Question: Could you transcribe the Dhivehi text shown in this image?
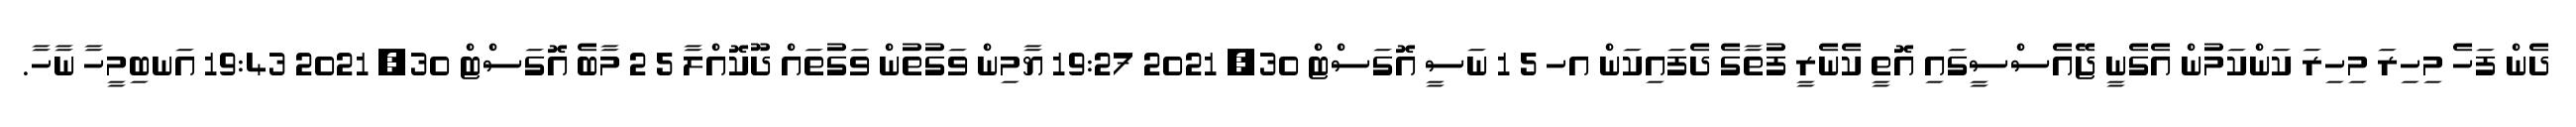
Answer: ދެން ފަހެ މިހިރަ މިހިރަ ކަންކަމުން އެގެނީ ޖޭއެސްސީގައި އޮތީ ކެނެރީ ފުތާގެ ދެފައިކަން އހ 5 1 ނަސީ އޮގަސްޓް 30, 2021 19:27 ޔާމިން ވަގުތުން ވަގުތައް ދޫކޮއްލާ 5 2 މާބެ އޮގަސްޓް 30, 2021 19:43 އަނބިމީހާ ނާހާ.